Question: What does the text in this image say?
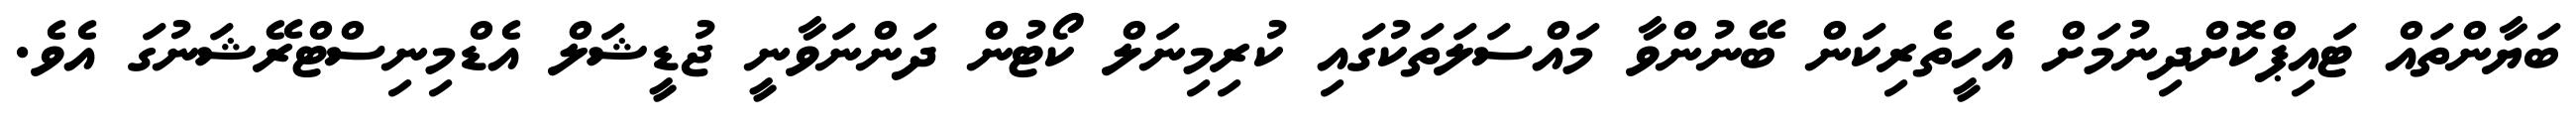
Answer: ބަޔާންތައް ޓައިޕްކޮށްދިނުމަށް އެހީތެރިކަން ބޭނުންވާ މައްސަލަތަކުގައި ކުރިމިނަލް ކޯޓުން ދަންނަވާނީ ޖުޑީޝަލް އެޑްމިނިސްޓްރޭޝަނުގަ އެވެ.